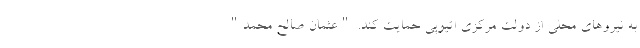
به نیروهای محلی از دولت مرکزی اتیوپی حمایت کند. "عثمان صالح محمد"